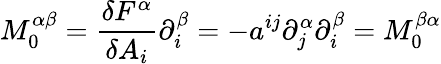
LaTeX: M_{0}^{\alpha\beta}=\frac{\delta F^{\alpha}}{\delta A_{i}}\partial_{i}^{\beta}=-a^{ij}\partial_{j}^{\alpha}\partial_{i}^{\beta}=M_{0}^{\beta\alpha}